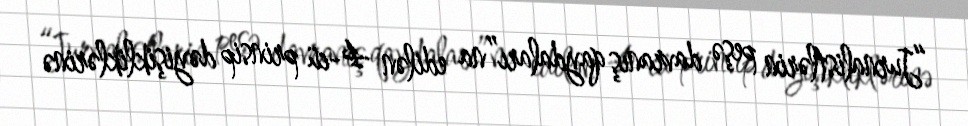
“Jurnalistlərin peşə davranış qaydaları”na edilən 4-cü prinsip dəyişikliklərinə